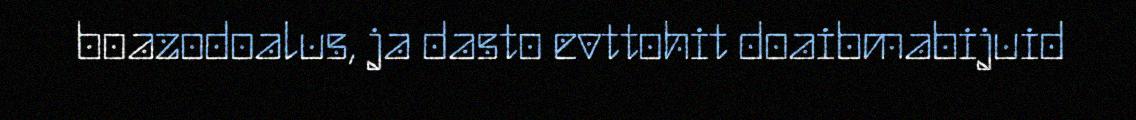
boazodoalus, ja dasto evttohit doaibmabijuid